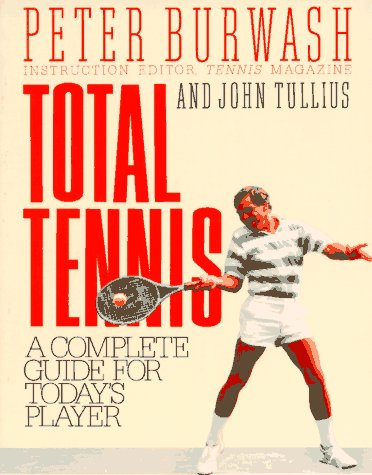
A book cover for Total Tennis: A Complete Guide for Today's Player; Peter Burwash; Sports & Outdoors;